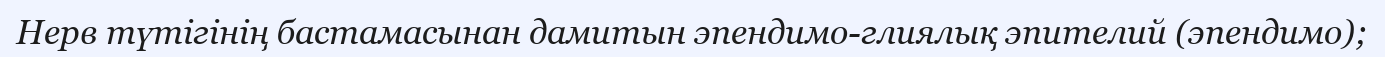
Нерв түтігінің бастамасынан дамитын эпендимо-глиялық эпителий (эпендимо);